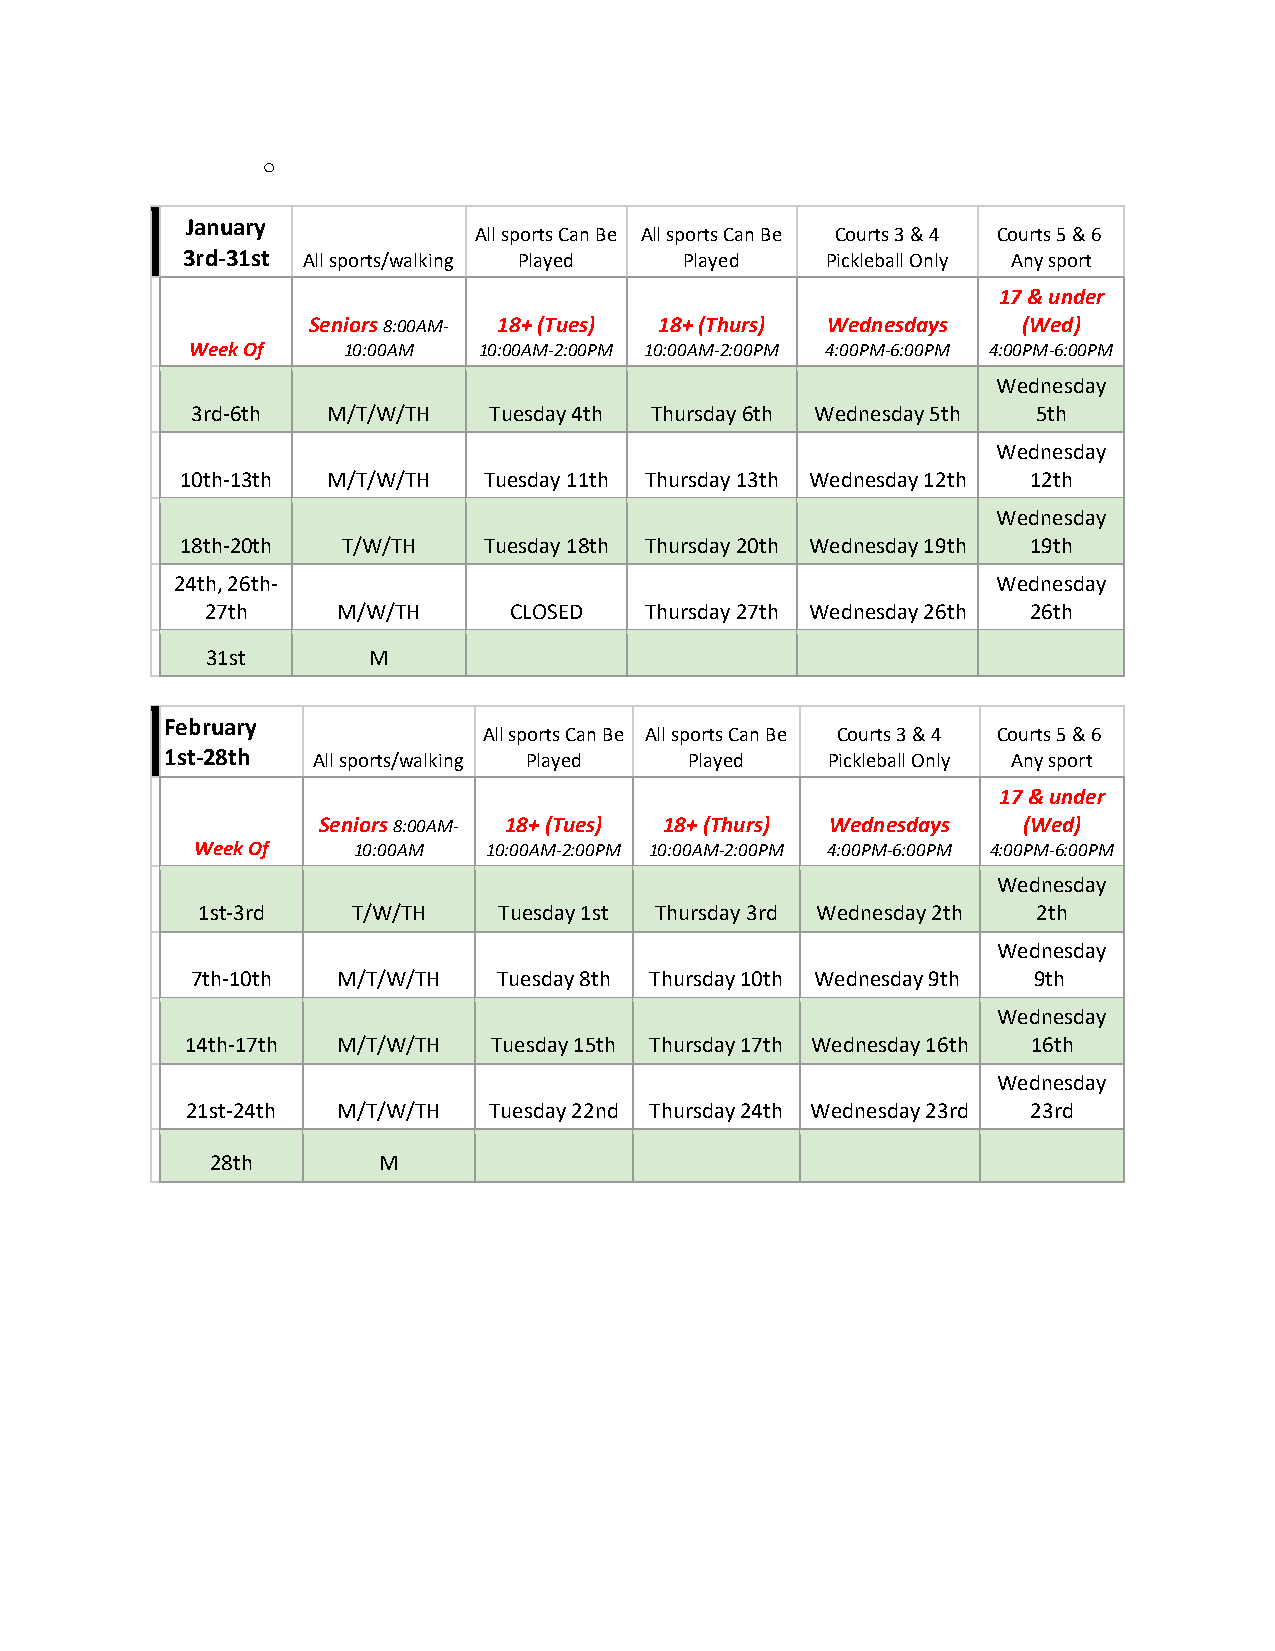
o
 January
 All sports Can Be All sports Can Be Courts 3 & 4 Courts 5 & 6
 3rd-31st All sports/walking Played Played  Pickleball Only Any sport
 17 & under
 Seniors 8:00AM- 18+ (Tues) 18+ (Thurs) Wednesdays (Wed)
 Week Of    10:00AM  10:00AM-2:00PM 10:00AM-2:00PM 4:00PM-6:00PM 4:00PM-6:00PM
 Wednesday
 3rd-6th  M/T/W/TH  Tuesday 4th Thursday 6th Wednesday 5th 5th
 Wednesday
 10th-13th M/T/W/TH  Tuesday 11th Thursday 13th Wednesday 12th 12th
 Wednesday
 18th-20th  T/W/TH   Tuesday 18th Thursday 20th Wednesday 19th 19th
 24th, 26th-                                           Wednesday
 27th    M/W/TH      CLOSED   Thursday 27th Wednesday 26th 26th
 31st      M
 February
 All sports Can Be All sports Can Be Courts 3 & 4 Courts 5 & 6
 1st-28th  All sports/walking Played Played  Pickleball Only Any sport
 17 & under
 Seniors 8:00AM- 18+ (Tues) 18+ (Thurs) Wednesdays (Wed)
 Week Of   10:00AM  10:00AM-2:00PM 10:00AM-2:00PM 4:00PM-6:00PM 4:00PM-6:00PM
 Wednesday
 1st-3rd   T/W/TH    Tuesday 1st Thursday 3rd Wednesday 2th 2th
 Wednesday
 7th-10th M/T/W/TH   Tuesday 8th Thursday 10th Wednesday 9th 9th
 Wednesday
 14th-17th M/T/W/TH   Tuesday 15th Thursday 17th Wednesday 16th 16th
 Wednesday
 21st-24th M/T/W/TH  Tuesday 22nd Thursday 24th Wednesday 23rd 23rd
 28th       M